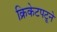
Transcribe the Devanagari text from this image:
क्रिकेटपटूने